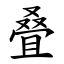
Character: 叠